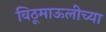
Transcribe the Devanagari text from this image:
विठूमाऊलीच्या